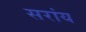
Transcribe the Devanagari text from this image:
सरांय